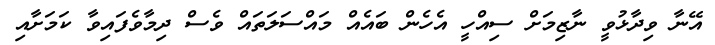
އޭނާ ވިދާޅުވީ ނާޒިމަށް ސިއްހީ އެހެން ބައެއް މައްސަލަތައް ވެސް ދިމާވެފައިވާ ކަމަށާއި